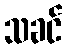
သခင်